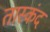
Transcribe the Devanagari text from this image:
तास्कंद